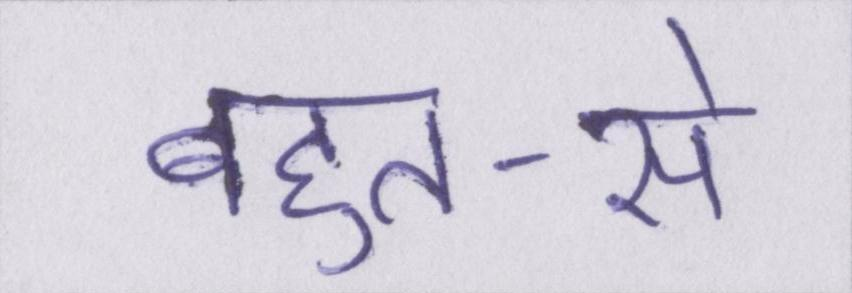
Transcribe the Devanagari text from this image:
बहुत-से